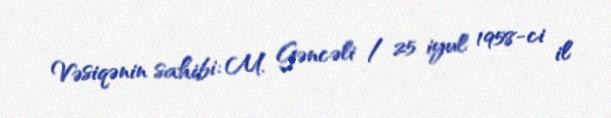
Vəsiqənin sahibi: M. Gəncəli / 25 iyul 1958-ci il